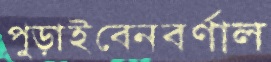
পুড়াইবেনবর্ণাল